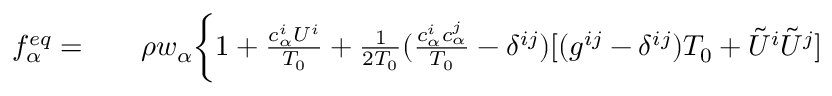
\begin{array} { r l r } { f _ { \alpha } ^ { e q } = } & { { } } & { \rho w _ { \alpha } \bigg \{ 1 + \frac { { c } _ { \alpha } ^ { i } { U } ^ { i } } { T _ { 0 } } + \frac { 1 } { 2 T _ { 0 } } ( \frac { { c } _ { \alpha } ^ { i } { c } _ { \alpha } ^ { j } } { T _ { 0 } } - \delta ^ { i j } ) [ ( g ^ { i j } - \delta ^ { i j } ) T _ { 0 } + { \tilde { U } } ^ { i } { \tilde { U } } ^ { j } ] } \end{array}